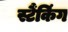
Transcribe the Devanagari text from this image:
स्टैंकिंग